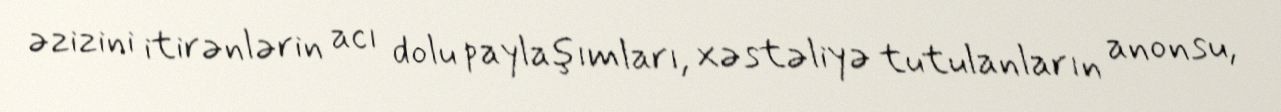
əzizini itirənlərin acı dolu paylaşımları, xəstəliyə tutulanların anonsu,